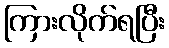
ကြားလိုက်ရပြီး